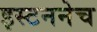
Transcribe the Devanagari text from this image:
इस्टननेच